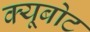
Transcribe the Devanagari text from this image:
क्यूबोट